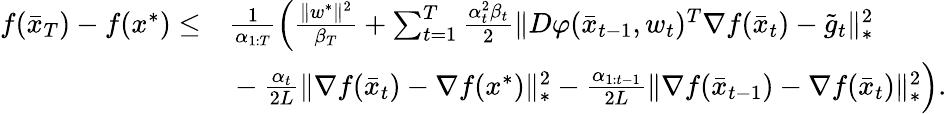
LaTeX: \begin{array}{rl}{f(\bar{x}_{T})-f(x^{*})\leq}&{\frac{1}{\alpha_{1:T}}\left(\frac{\| w^{*}\| ^{2}}{\beta_{T}}+\sum_{t=1}^{T}\frac{\alpha_{t}^{2}\beta_{t}}{2}\| D\varphi(\bar{x}_{t-1},w_{t})^{T}\nabla f(\bar{x}_{t})-\tilde{g}_{t}\| _{*}^{2}\right.}\\ &{\left.\vphantom{\sum_{t=1}^{T}}-\frac{\alpha_{t}}{2L}\| \nabla f(\bar{x}_{t})-\nabla f(x^{*})\| _{*}^{2}-\frac{\alpha_{1:t-1}}{2L}\| \nabla f(\bar{x}_{t-1})-\nabla f(\bar{x}_{t})\| _{*}^{2}\right).}\end{array}